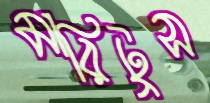
মারিটুস